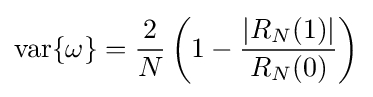
{\text{var}}\{\omega \}={\frac {2}{N}}\left(1-{\frac {|R_{N}(1)|}{R_{N}(0)}}\right)